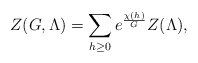
\begin{align*} Z(G,\Lambda) = \sum_{h\geq 0} e^{\frac{\chi(h)}{G}} Z(\Lambda),\end{align*}